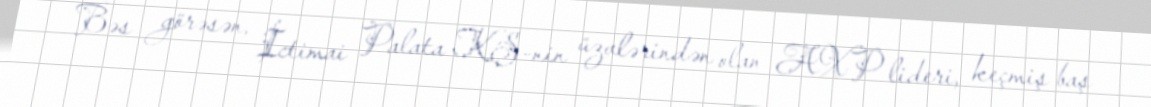
Bəs görəsən, İctimai Palata KŞ-nin üzvlərindən olan AXP lideri, keçmiş baş